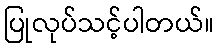
ပြုလုပ်သင့်ပါတယ်။